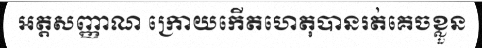
អត្តសញ្ញាណ ក្រោយកើតហេតុបានរត់គេចខ្លួន